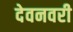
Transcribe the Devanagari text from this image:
देवनवरी